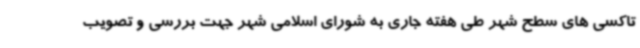
تاکسی های سطح شهر طی هفته جاری به شورای اسلامی شهر جهت بررسی و تصویب